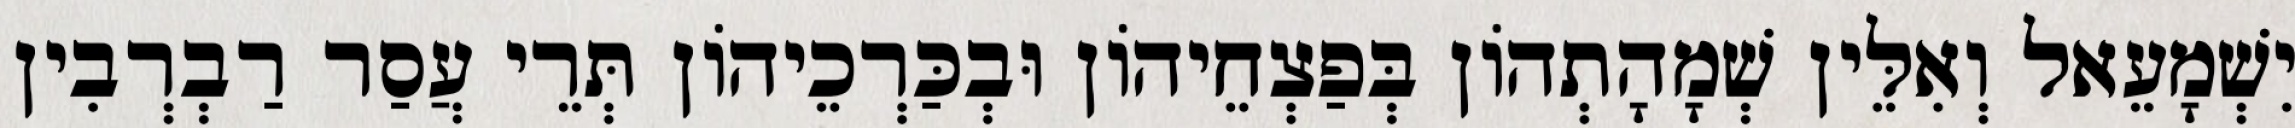
יִשְׁמָעֵאל וְאִלֵּין שְׁמָהָתְהוֹן בְּפַצְחֵיהוֹן וּבְכַּרְכֵיהוֹן תְּרֵי עֲסַר רַבְרְבִין